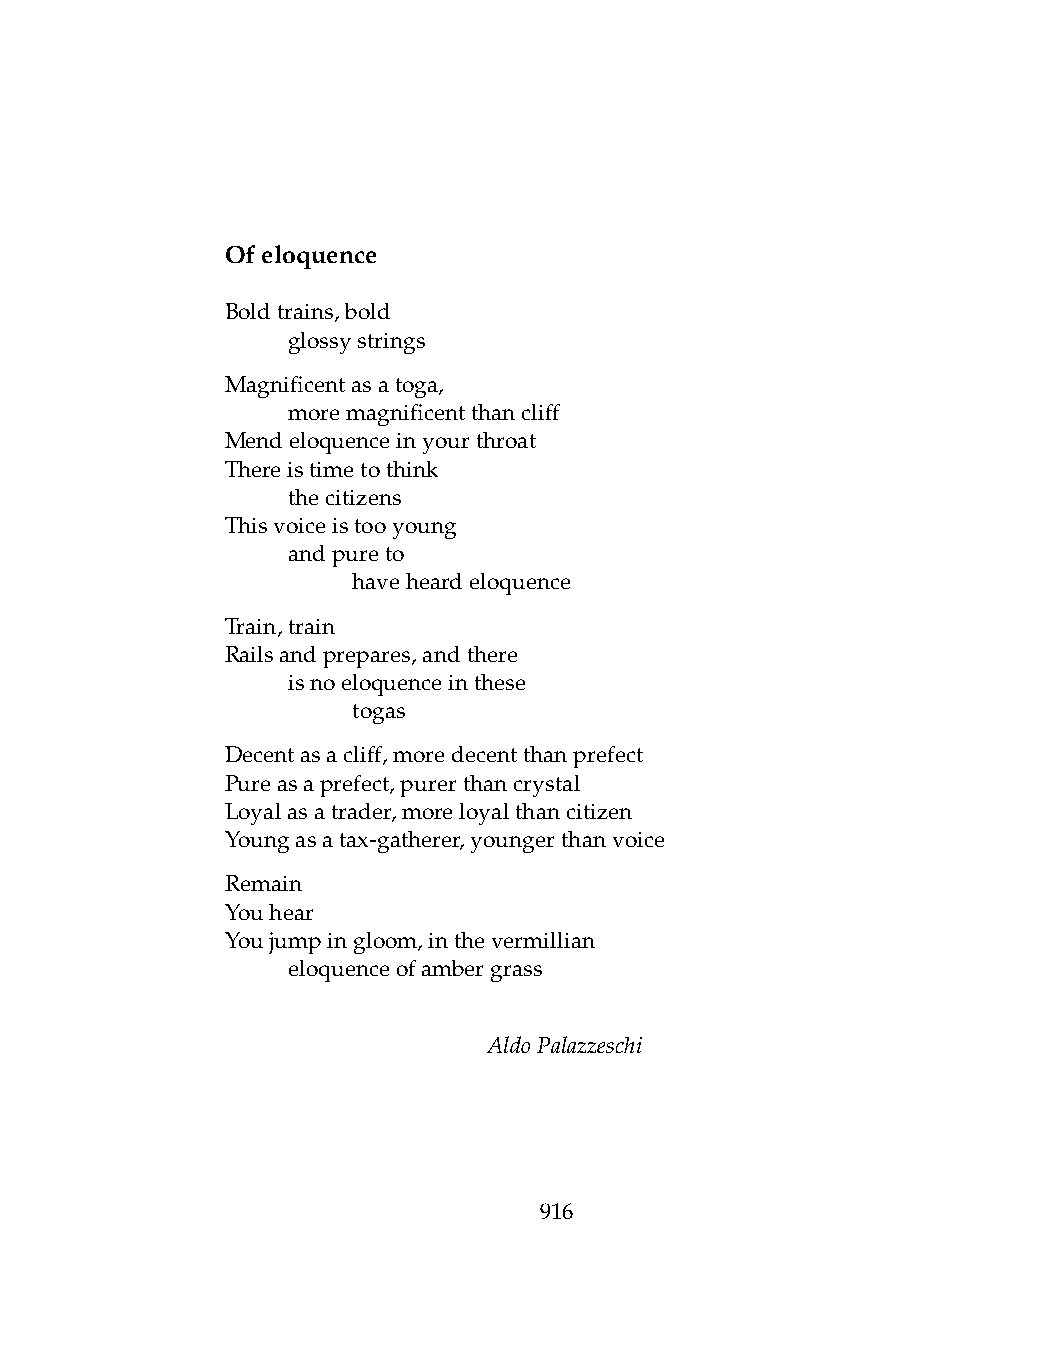
Ofeloquence
 Boldtrains,bold
 .   glossystrings
 Magnificentasatoga,
 .   moremagnificentthancliff
 Mendeloquenceinyourthroat
 Thereistimetothink
 .   thecitizens
 Thisvoiceistooyoung
 .   andpureto
 .   .   haveheardeloquence
 Train,train
 Railsandprepares,andthere
 .   isnoeloquenceinthese
 .   .   togas
 Decentasacliff,moredecentthanprefect
 Pureasaprefect,purerthancrystal
 Loyalasatrader,moreloyalthancitizen
 Youngasatax-gatherer,youngerthanvoice
 Remain
 Youhear
 Youjumpingloom,inthevermillian
 .   eloquenceofambergrass
 AldoPalazzeschi
 916